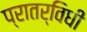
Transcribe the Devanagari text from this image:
प्रातर्विधी